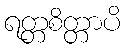
ရတ္တစိတ္တာပိ